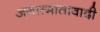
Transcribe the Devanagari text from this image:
अनात्मातावादी